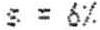
S = 6%